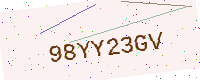
Text: 98YY23GV